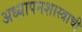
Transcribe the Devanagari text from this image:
अध्यापनशास्त्राची